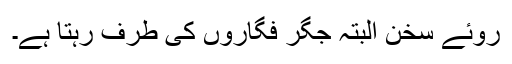
روئے سخن البتہ جگر فگاروں کی طرف رہتا ہے۔